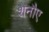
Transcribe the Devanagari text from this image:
शेनौए